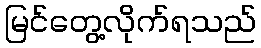
မြင်တွေ့လိုက်ရသည်